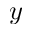
y